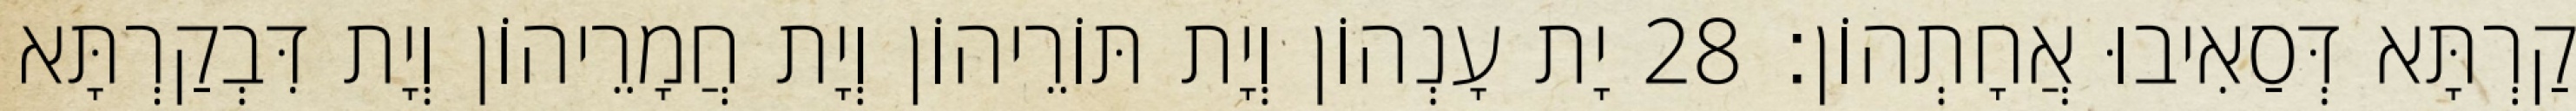
קַרְתָּא דְּסַאִיבוּ אֲחָתְהוֹן׃ 28 יָת עָנְהוֹן וְיָת תּוֹרֵיהוֹן וְיָת חֲמָרֵיהוֹן וְיָת דִּבְקַרְתָּא